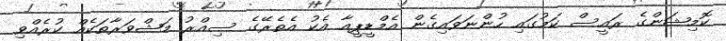
ކޮމިޝަންގެ ރައީސް ކަމުގައި ހުންނަވައިގެން އެމްޑީޕީއާ އެކު އެތެރޭގެ ސިއްރު މަޝްވަރާތަކެއް ކުރެއްވި